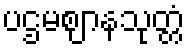
ပဌမဈာနသုတ္တံ